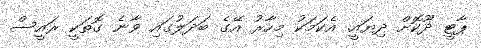
ޕާޓީ ދޫކޮށް ދިޔައީ. އެކަމަކު މިހާރު އޭގެ ބަދަލުގައި ވާނެ ގޮތަކީ ރައީސް